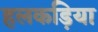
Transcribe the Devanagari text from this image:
हलकड़िया